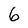
Character: 6